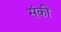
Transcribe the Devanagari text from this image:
संकी